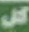
كل